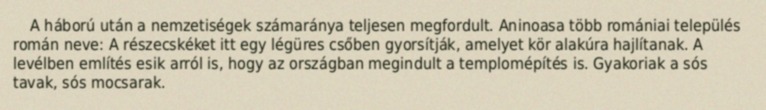
A háború után a nemzetiségek számaránya teljesen megfordult. Aninoasa több romániai település román neve: A részecskéket itt egy légüres csőben gyorsítják, amelyet kör alakúra hajlítanak. A levélben említés esik arról is, hogy az országban megindult a templomépítés is. Gyakoriak a sós tavak, sós mocsarak.